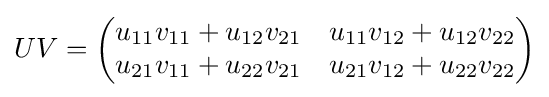
UV={\begin{pmatrix}u_{11}v_{11}+u_{12}v_{21}&u_{11}v_{12}+u_{12}v_{22}\\u_{21}v_{11}+u_{22}v_{21}&u_{21}v_{12}+u_{22}v_{22}\\\end{pmatrix}}